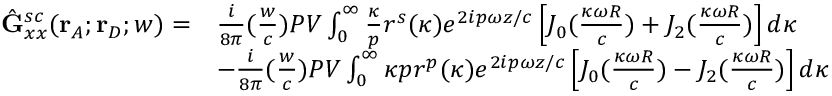
\begin{array} { r l } { \hat { \mathbf { G } } _ { x x } ^ { s c } ( \mathbf { r } _ { A } ; \mathbf { r } _ { D } ; w ) = } & { \frac { i } { 8 { \pi } } ( \frac { w } { c } ) P V \int _ { 0 } ^ { \infty } \frac { \kappa } { p } r ^ { s } ( \kappa ) e ^ { 2 i p { \omega } z / c } \left[ J _ { 0 } ( \frac { \kappa \omega { R } } { c } ) + J _ { 2 } ( \frac { \kappa \omega { R } } { c } ) \right] d { \kappa } } \\ & { - \frac { i } { 8 { \pi } } ( \frac { w } { c } ) P V \int _ { 0 } ^ { \infty } { \kappa } { p } r ^ { p } ( \kappa ) e ^ { 2 i p { \omega } z / c } \left[ J _ { 0 } ( \frac { \kappa \omega { R } } { c } ) - J _ { 2 } ( \frac { \kappa \omega { R } } { c } ) \right] d { \kappa } } \end{array}